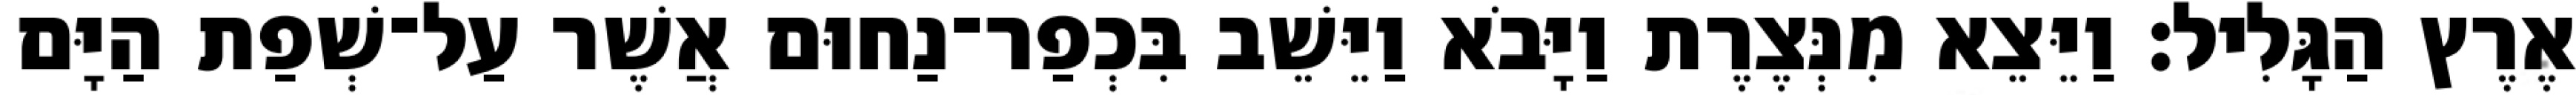
אֶרֶץ הַגָּלִיל׃ וַיֵּצֵא מִנְּצֶרֶת וַיָּבֹא וַיֵּשֵׁב בִּכְפַר־נַחוּם אֲשֶׁר עַל־שְׁפַת הַיָּם